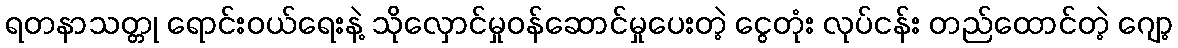
ရတနာသတ္တု ရောင်းဝယ်ရေးနဲ့ သိုလှောင်မှုဝန်ဆောင်မှုပေးတဲ့ ငွေတုံး လုပ်ငန်း တည်ထောင်တဲ့ ဂျော့